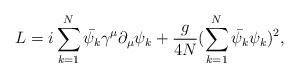
\begin{align*}L = i\sum_{k=1}^{N}\bar{\psi_k} \gamma^\mu \partial_\mu\psi_k +\frac{g}{4N} (\sum_{k=1}^{N}\bar{\psi_k}\psi_k)^2,\end{align*}